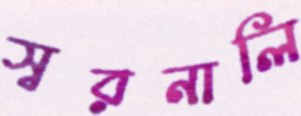
স্বরনালি